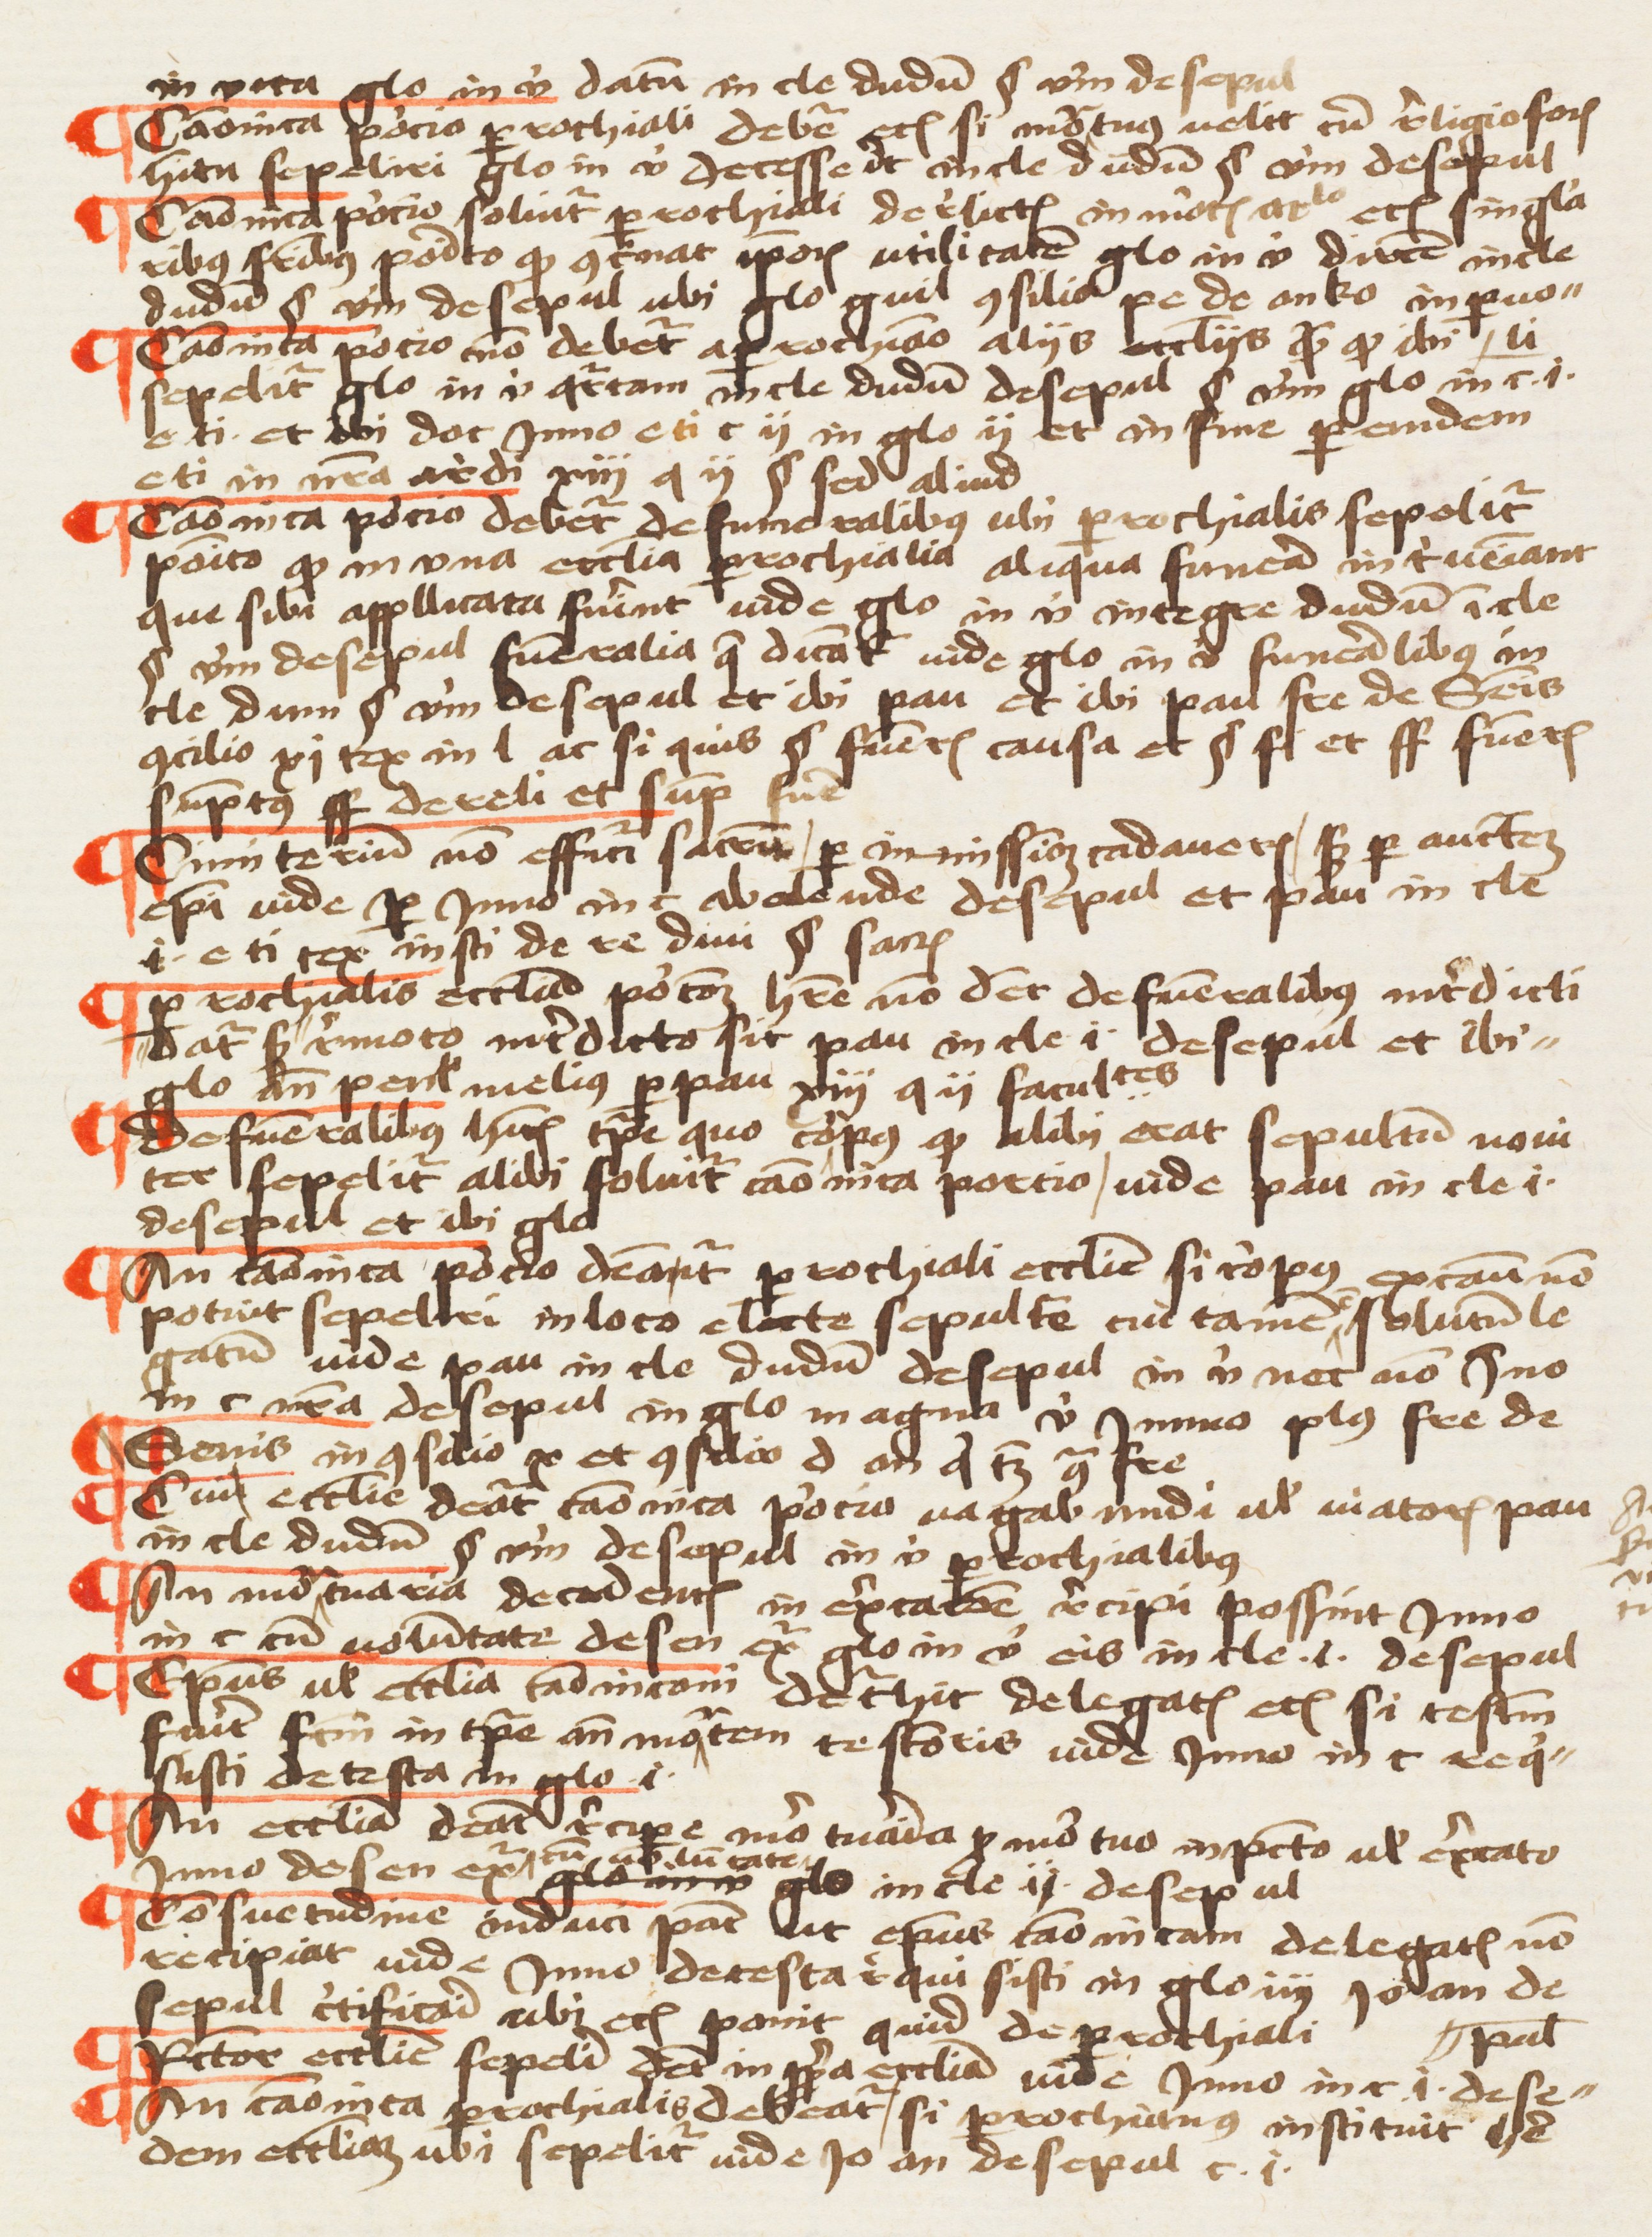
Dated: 1457–1457